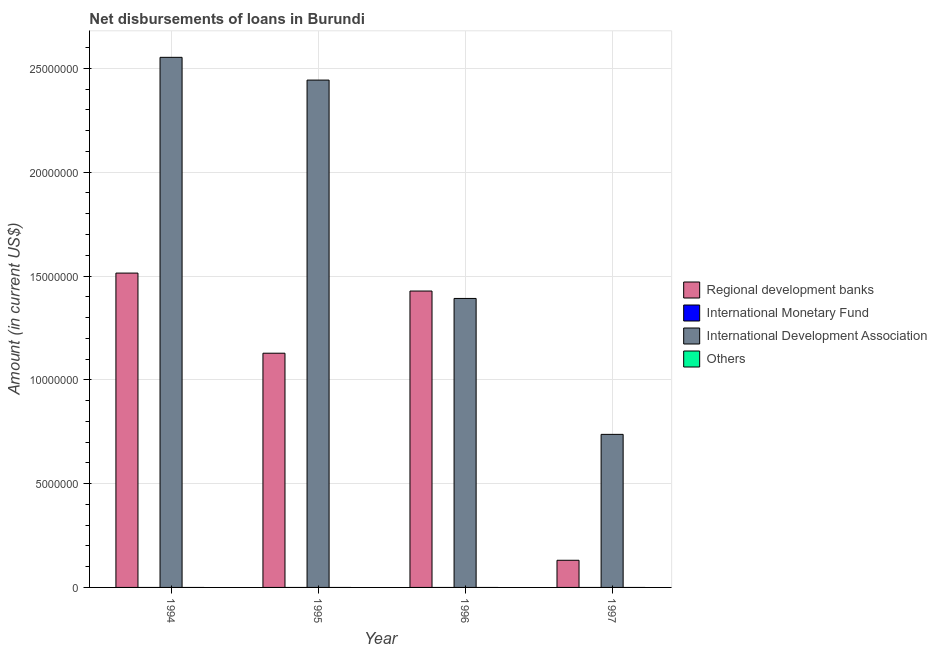
| Year | Regional development banks | International Monetary Fund | International Development Association | Others |
 | --- | --- | --- | --- | --- |
 | 1994 | 1.51e+07 | -6.12e+06 | 2.55e+07 | -4.49e+06 |
 | 1995 | 1.13e+07 | -9.07e+06 | 2.44e+07 | -4.87e+06 |
 | 1996 | 1.43e+07 | -8.68e+06 | 1.39e+07 | -1.7e+06 |
 | 1997 | 1.31e+06 | -7.95e+06 | 7.37e+06 | -1.47e+06 |